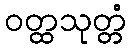
ဝတ္ထသုတ္တံ